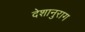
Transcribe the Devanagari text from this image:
देशानुराग